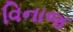
વિનાજ